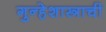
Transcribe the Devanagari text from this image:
गुन्हेशास्त्राची